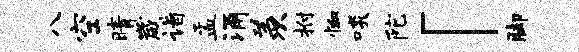
八空晴崴诣盂涌羡拊恤啖陀「脚